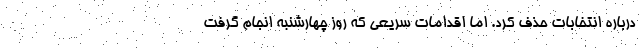
درباره انتخابات حذف کرد. اما اقدامات سریعی که روز چهارشنبه انجام گرفت